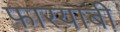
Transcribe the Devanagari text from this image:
फारयाबी